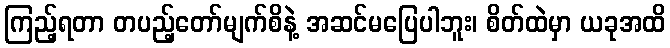
ကြည့်ရတာ တပည့်တော်မျက်စိနဲ့ အဆင်မပြေပါဘူး၊ စိတ်ထဲမှာ ယခုအထိ